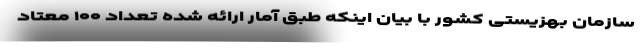
سازمان بهزیستی کشور با بیان اینکه طبق آمار ارائه شده تعداد ۱۰۰ معتاد